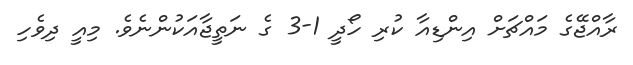
ރާއްޖޭގެ މައްޗަށް އިންޑިއާ ކުރި ހޯދީ 1-3 ގެ ނަތީޖާއަކުންނެވެ. މިއީ ދިވެހި